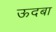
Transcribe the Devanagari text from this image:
ऊदबा